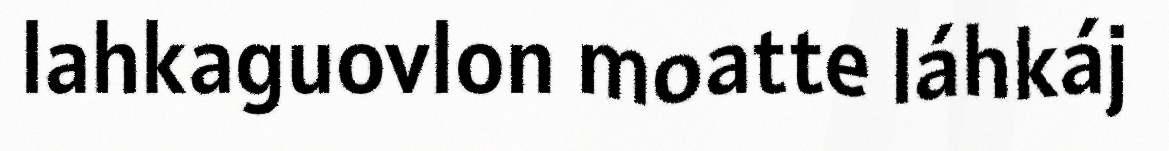
lahkaguovlon moatte láhkáj